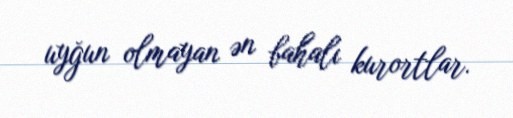
uyğun olmayan ən bahalı kurortlar.